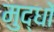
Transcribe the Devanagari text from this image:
मुद्धों